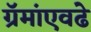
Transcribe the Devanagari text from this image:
ग्रॅमांएवढे